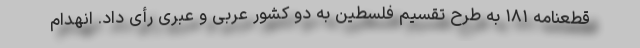
قطعنامه ۱۸۱ به طرح تقسیم فلسطین به دو کشور عربی و عبری رأی داد. انهدام